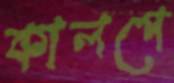
কালপে